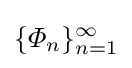
\{\varPhi _{n}\}_{n=1}^{\infty }